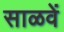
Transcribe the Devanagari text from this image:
साळवें